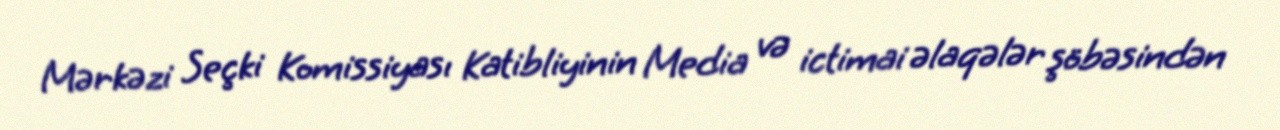
Mərkəzi Seçki Komissiyası Katibliyinin Media və ictimai əlaqələr şöbəsindən